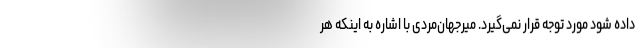
داده شود مورد توجه قرار نمی‌گیرد. میرجهان‌مردی با اشاره به اینکه هر